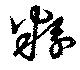
粉